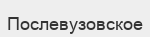
Послевузовское